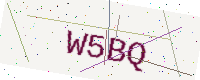
Text: W5BQ